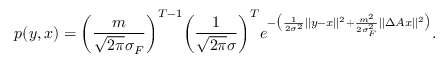
p ( y , x ) = \bigg ( \frac { m } { \sqrt { 2 \pi } \sigma _ { F } } \bigg ) ^ { T - 1 } \bigg ( \frac { 1 } { \sqrt { 2 \pi } \sigma } \bigg ) ^ { T } e ^ { - \big ( \frac { 1 } { 2 \sigma ^ { 2 } } | | y - x | | ^ { 2 } + \frac { m ^ { 2 } } { 2 \sigma _ { F } ^ { 2 } } | | \Delta A x | | ^ { 2 } \big ) } .